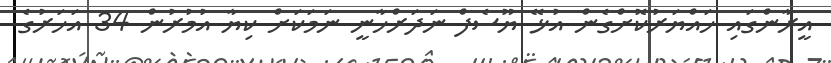
އީރާންގައި ހައްޔަރުކޮށްގެން އުޅޭ ޔޫސެފް ނަދަރްޚާނީ ނަމަކަށް ކިޔާ އުމުރުން 34 އަހަރުގެ